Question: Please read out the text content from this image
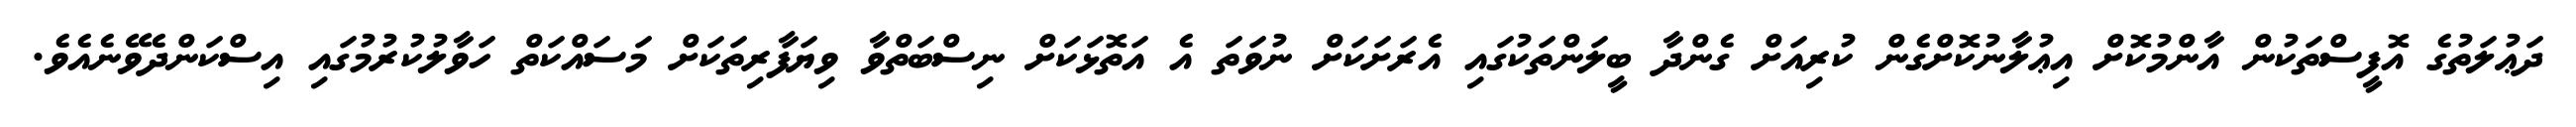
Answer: ދަޢުލަތުގެ އޮފީސްތަކުން އާންމުކޮށް އިޢުލާނުކޮށްގެން ކުރިއަށް ގެންދާ ބީލަންތަކުގައި އެރަށަކަށް ނުވަތަ އެ އަތޮޅަކަށް ނިސްބަތްވާ ވިޔަފާރިތަކަށް މަސައްކަތް ހަވާލުކުރުމުގައި އިސްކަންދެވޭނެއެވެ.